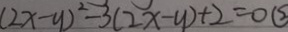
( 2 x - y ) ^ { 2 } - 3 ( 2 x - y ) + 2 = 0 \textcircled { 2 }